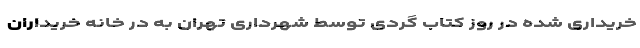
خریداری شده در روز کتاب گردی توسط شهرداری تهران به در خانه خریداران